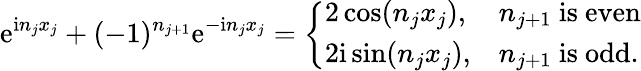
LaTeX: \mathrm{e}^{\mathrm{i}n_{j}x_{j}}+(-1)^{n_{j+1}}\mathrm{e}^{-\mathrm{i}n_{j}x_{j}}=\left\{ \begin{array}{ll}{2\cos(n_{j}x_{j}),}&{n_{j+1}\mathrm{~is~even}}\\ {2\mathrm{i}\sin(n_{j}x_{j}),}&{n_{j+1}\mathrm{~is~odd.}}\end{array}\right.